Scottish assistants in French schools and colleges, 1932
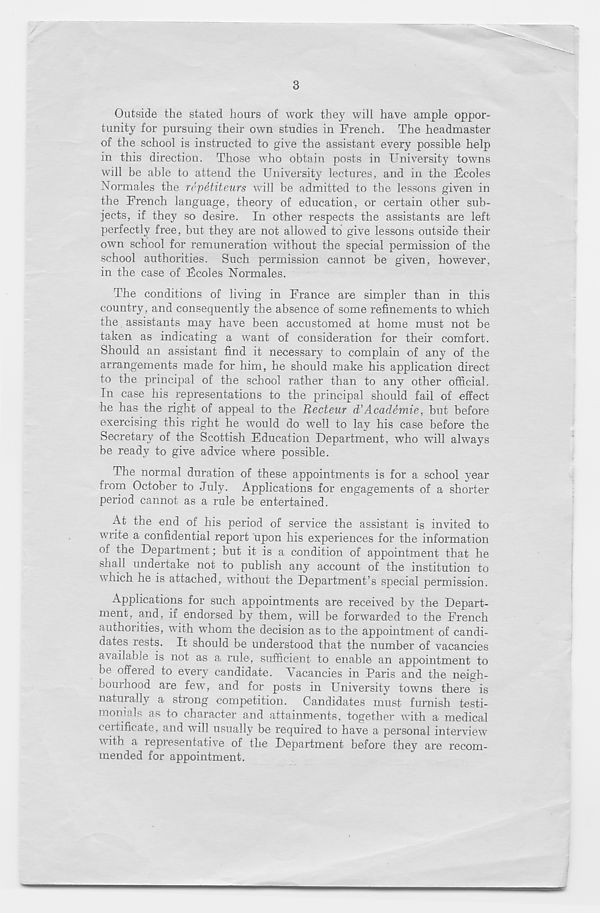
3
Outside the stated hours of work they will have ample oppor-
tunity for pursuing their own studies in French. The headmaster
of the school is instructed to give the assistant every possible help
in this direction. Those who obtain posts in University towns
will be able to attend the University lectures, and in the Ucoles
Normales the re petit eurs will be admitted to the lessons given in
the French language, theory of education, or certain other sub-
jects, if they so desire. In other respects the assistants are left
perfectly free, but they are not allowed to give lessons outside their
own school for remuneration without the special permission of the
school authorities. Such permission cannot be given, however,
in the case of Fcoles Normales.
The conditions of living in France are simpler than in this
country, and consequently the absence of some refinements to which
the assistants may have been accustomed at home must not be
taken as indicating a want of consideration for their comfort.
Should an assistant find it necessary to complain of any of the
arrangements made for him, he should make his application direct
to the principal of the school rather than to any other official.
In case his representations to the principal should fail of effect
he has the right of appeal to the Reeteur d’Academie, but before
exercising this right he would do well to lay his case before the
Secretary of the Scottish Education Department, who will always
be ready to give advice where possible.
The normal duration of these appointments is for a school year
from October to July. Applications for engagements of a shorter
period cannot as a rule be entertained.
At the end of his period of service the assistant is invited to
wiite a confidential report upon his experiences for the information
of the Department; but it is a condition of appointment that he
shall undertake not to publish any account of the institution to
which he is attached, without the Department’s special permission.
Applications for such appointments are received by the Depart-
ment, and, if endorsed by them, will be forwarded to the French
authorities, with whom the decision as to the appointment of candi-
dates rests. It should be understood that the number of vacancies
available is not as a rule, sufficient to enable an appointment to
be offered to every candidate. Vacancies in Paris and the neigh-
bourhood are few, and for posts in University towns there is
naturally a strong competition. Candidates must furnish testi-
monials as to character and attainments, together with a medical
certificate, and will usually be required to have a personal interview
with a representative of the Department before they are recom-
mended for appointment.